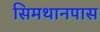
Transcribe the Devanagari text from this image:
सिमथानपास